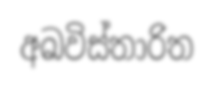
අඛවිස්තාරිත